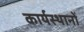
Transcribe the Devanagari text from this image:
कार्यस्थानों